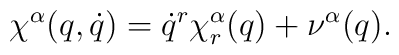
\chi^\alpha(q,\dot q) = \dot q^r \chi_r^\alpha(q) + \nu^\alpha(q) .